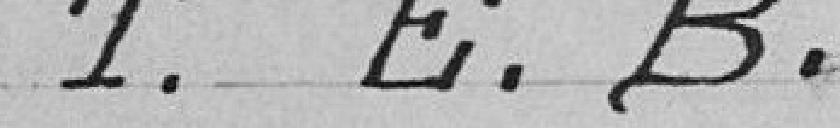
T.E.B.